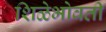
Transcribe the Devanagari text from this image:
शिळेभोवती